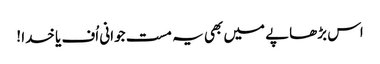
اس بڑھاپے میں بھی یہ مست جوانی اُف یا خدا !